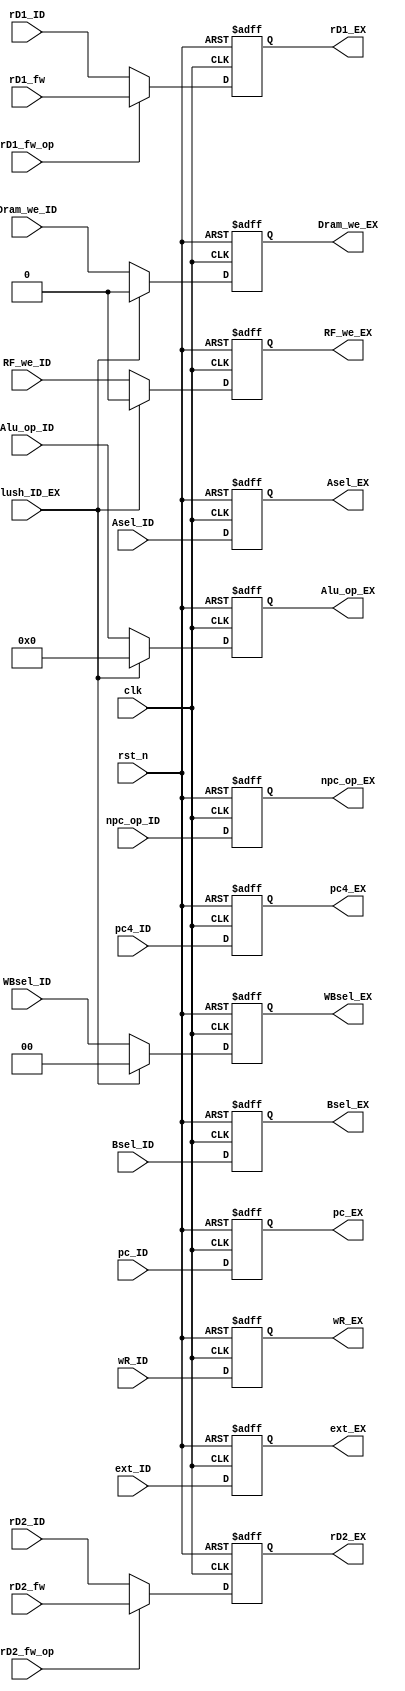
module Reg_ID_EX(
    input   clk,
    input   rst_n,

    input   [31:0]pc_ID,
    input   [31:0]pc4_ID,
    input   [31:0]rD1_ID,
    input   [31:0]rD2_ID,
    input   [31:0]ext_ID,
    input   [4:0]wR_ID,
    input   Bsel_ID,
    input   Asel_ID,
    input   [3:0]Alu_op_ID,
    input   RF_we_ID,
    input   Dram_we_ID,
    input   [1:0]WBsel_ID,
    input   npc_op_ID,

    input   flush_ID_EX,

    input   [31:0]rD1_fw,
    input   [31:0]rD2_fw,
    input   rD1_fw_op,
    input   rD2_fw_op,

    output  reg [31:0]pc_EX,
    output  reg [31:0]pc4_EX,
    output  reg [31:0]rD1_EX,
    output  reg [31:0]rD2_EX,
    output  reg [31:0]ext_EX,
    output  reg [4:0]wR_EX,
    output  reg Bsel_EX,
    output  reg Asel_EX,
    output  reg [3:0]Alu_op_EX,
    output  reg RF_we_EX,
    output  reg Dram_we_EX,
    output  reg [1:0]WBsel_EX,
    output  reg npc_op_EX
);

always@(posedge clk or negedge rst_n)
begin
    if(~rst_n)
    begin
        npc_op_EX<=0;
    end
    else
    begin
        npc_op_EX<=npc_op_ID;
    end
end

always@(posedge clk or negedge rst_n)
begin
    if(~rst_n)
    begin
        WBsel_EX<=0;
    end
    else if(flush_ID_EX)
    begin
        WBsel_EX<=0;
    end
    else
    begin
        WBsel_EX<=WBsel_ID;
    end
end

always@(posedge clk or negedge rst_n)
begin
    if(~rst_n)
    begin
        Dram_we_EX<=0;
    end
    else if(flush_ID_EX)
    begin
        Dram_we_EX<=0;
    end
    else
    begin
        Dram_we_EX<=Dram_we_ID;
    end
end

always@(posedge clk or negedge rst_n)
begin
    if(~rst_n)
    begin
        RF_we_EX<=0;
    end
    else if(flush_ID_EX)
    begin
        RF_we_EX<=0;
    end
    else
    begin
        RF_we_EX<=RF_we_ID;
    end
end

always@(posedge clk or negedge rst_n)
begin
    if(~rst_n)
    begin
        Alu_op_EX<=0;
    end
    else if(flush_ID_EX)
    begin
        Alu_op_EX<=0;
    end
    else
    begin
        Alu_op_EX<=Alu_op_ID;
    end
end

always@(posedge clk or negedge rst_n)
begin
    if(~rst_n)
    begin
        Asel_EX<=0;
    end
    else
    begin
        Asel_EX<=Asel_ID;
    end
end

always@(posedge clk or negedge rst_n)
begin
    if(~rst_n)
    begin
        Bsel_EX<=0;
    end
    else
    begin
        Bsel_EX<=Bsel_ID;
    end
end

always@(posedge clk or negedge rst_n)
begin
    if(~rst_n)
    begin
        wR_EX<=0;
    end
    else
    begin
        wR_EX<=wR_ID;
    end
end

always@(posedge clk or negedge rst_n)
begin
    if(~rst_n)
    begin
        pc_EX<=0;
    end
    else
    begin
        pc_EX<=pc_ID;
    end
end

always@(posedge clk or negedge rst_n)
begin
    if(~rst_n)
    begin
        pc4_EX<=0;
    end
    else
    begin
        pc4_EX<=pc4_ID;
    end
end

always@(posedge clk or negedge rst_n)
begin
    if(~rst_n)
    begin
        rD1_EX<=0;
    end
    else if(rD1_fw_op)
    begin
        rD1_EX<=rD1_fw;
    end
    else
    begin
        rD1_EX<=rD1_ID;
    end
end

always@(posedge clk or negedge rst_n)
begin
    if(~rst_n)
    begin
        rD2_EX<=0;
    end
    else if(rD2_fw_op)
    begin
        rD2_EX<=rD2_fw;
    end
    else
    begin
        rD2_EX<=rD2_ID;
    end
end

always@(posedge clk or negedge rst_n)
begin
    if(~rst_n)
    begin
        ext_EX<=0;
    end
    else
    begin
        ext_EX<=ext_ID;
    end
end


endmodule